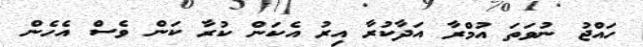
ހައްޖު ނުވަތަ އުމްރާ އަދާކުރާ އިރު އެކަން ކުރާ ކަން ވެސް އެހެން